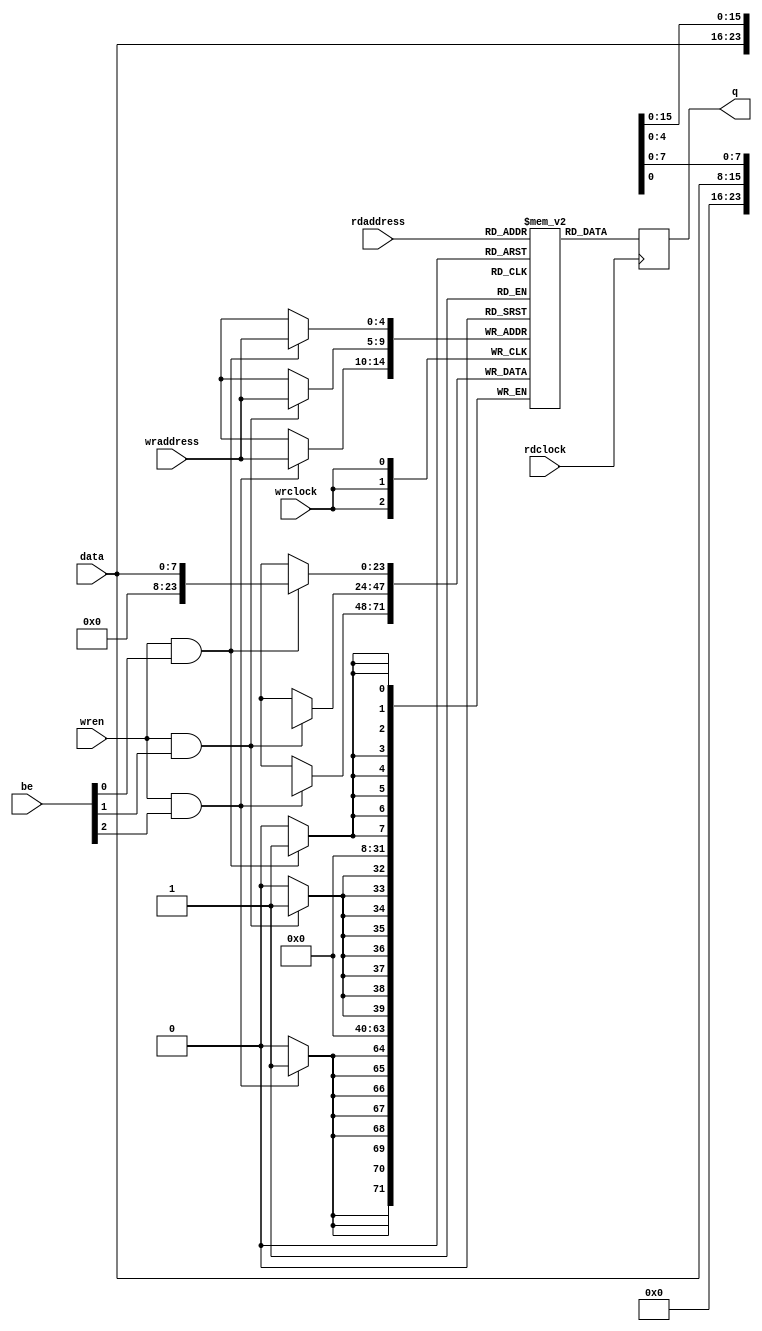
module dp_ram_be
#(parameter DATA_WIDTH=3, parameter ADDR_WIDTH=5)
(
	input [7:0] data,
	input [(ADDR_WIDTH-1):0] rdaddress, wraddress,
	input wren, rdclock, wrclock,
	output reg [DATA_WIDTH*8-1:0] q,
	input [DATA_WIDTH-1:0] be
);


reg [DATA_WIDTH*8-1:0] ram0[(1<<ADDR_WIDTH)-1:0];

integer i;
	always @ (posedge wrclock)
	for(i = 0; i < DATA_WIDTH; i = i + 1) begin
		if (wren && be[i])
			ram0[wraddress][7+i*8-:8] <= data;
	end
				

always @ (posedge rdclock)
	q <= ram0[rdaddress];
	
endmodule